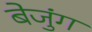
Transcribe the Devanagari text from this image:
बेजुंग